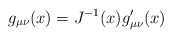
\begin{align*}g_{\mu\nu}(x)=J^{-1}(x)g^{\prime}_{\mu\nu}(x)\end{align*}